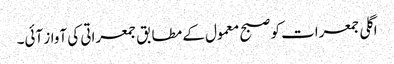
اگلی جمعرات کو صبح معمول کے مطابق جمعراتی کی آواز آئی۔